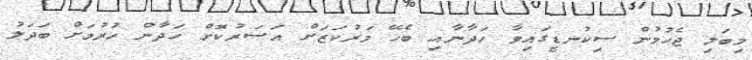
މިބަލި ޖެހުމުން ސިކުނޑީގައިވާ ހަދާނާއި ބެހޭ މަރުކަޒަށް އަސަރުކޮށް ހަދާން ހުރުމަށް ބަދަލު